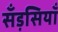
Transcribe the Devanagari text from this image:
सँड़सियाँ